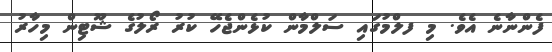
ފެންނާނެ އެވެ. މި ފލްމުގައި ސަލްމާން ކުޅެންޖެހޭ ކުރު ރޯލުގެ ޝޫޓިން މިހާރު